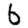
Digit: 6